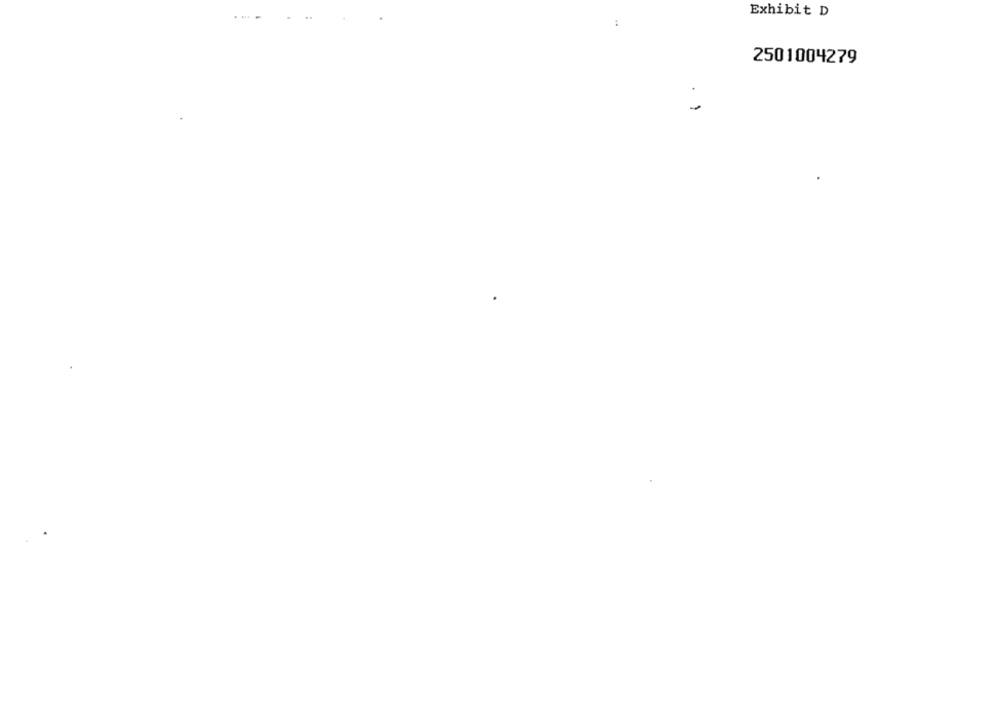
Exhibit D
:
2501004279
-